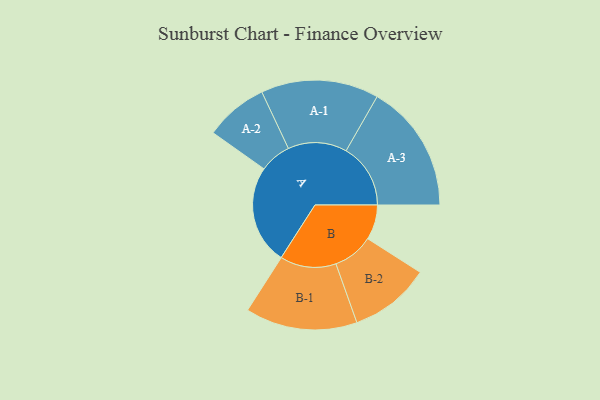
{"axis": {"x": "Segment", "y": "Value"}, "legend": ["", "A", "B"], "data": [{"x": "A", "y": 446, "type": ""}, {"x": "B", "y": 157, "type": ""}, {"x": "A-1", "y": 265, "type": "A"}, {"x": "A-2", "y": 142, "type": "A"}, {"x": "A-3", "y": 290, "type": "A"}, {"x": "B-1", "y": 252, "type": "B"}, {"x": "B-2", "y": 182, "type": "B"}]}